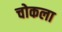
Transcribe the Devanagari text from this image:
चोकला